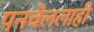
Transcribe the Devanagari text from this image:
पनवेललाही